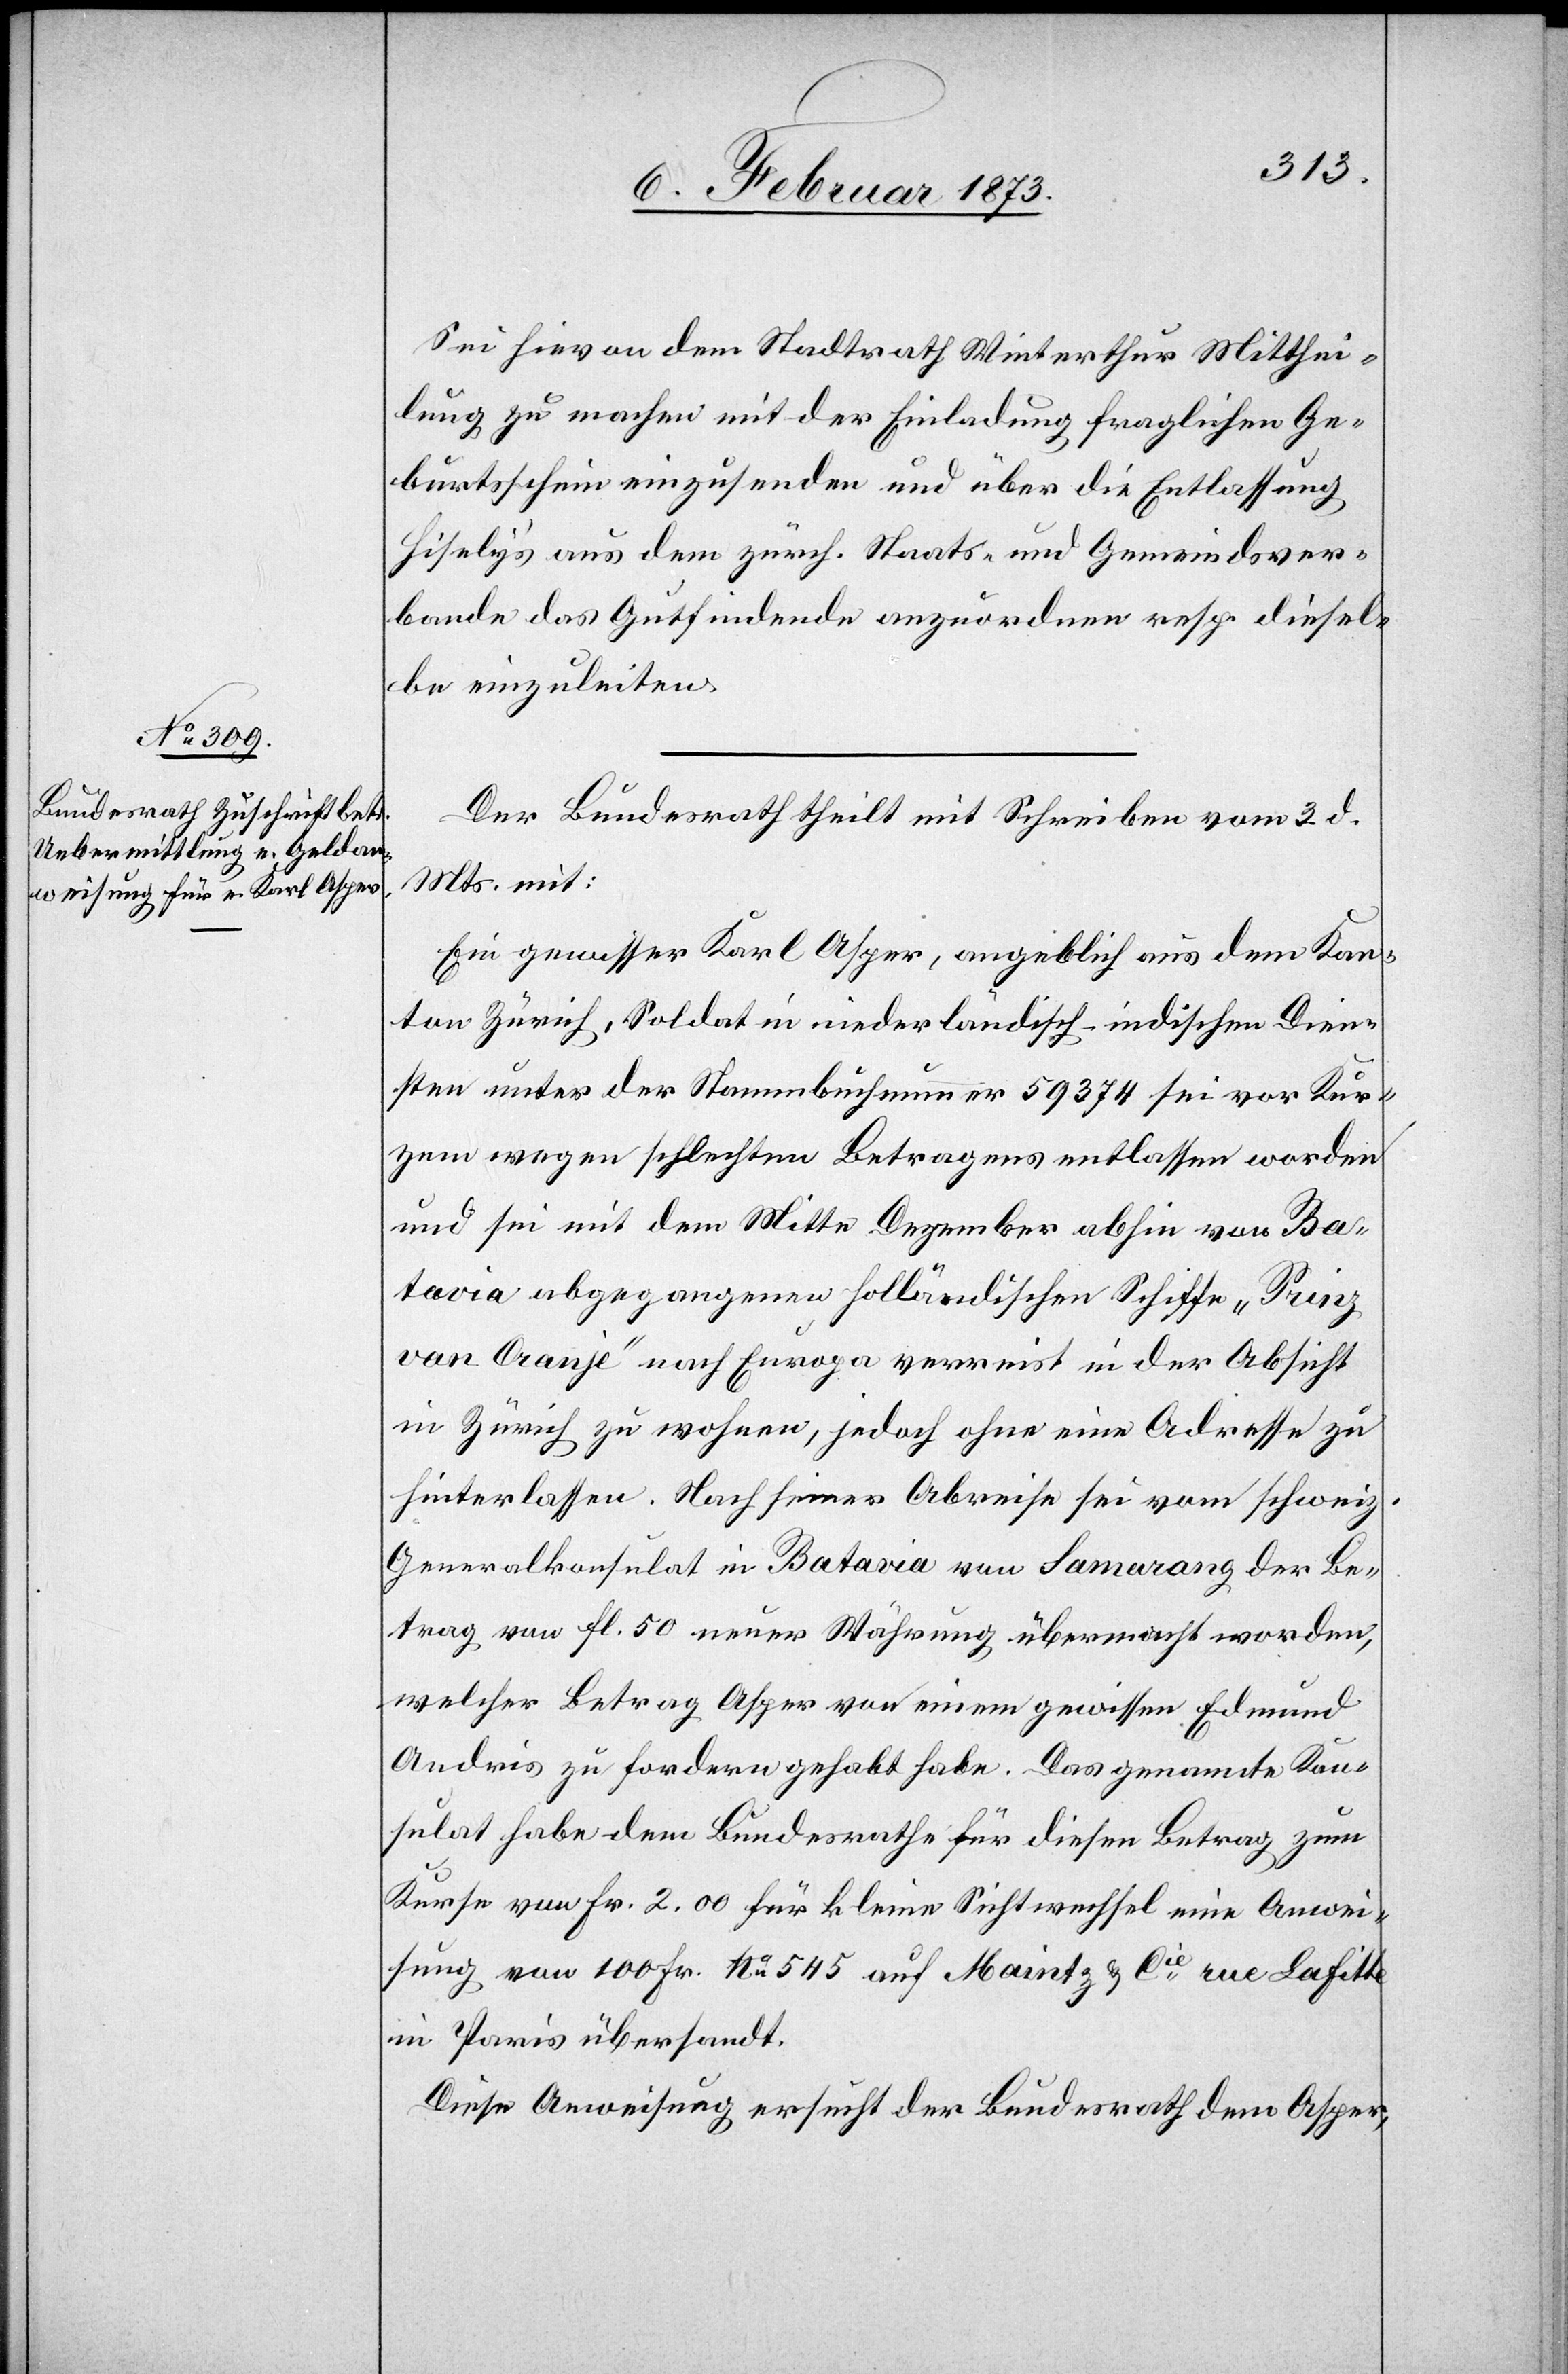
6. Februar 1873.]
Sei hievon dem Stadtrath Winterthur Mitthei¬
lung zu machen mit der Einladung fraglichen Ge¬
burtsschein einzusenden und über die Entlassung
Hisely’s aus dem zürch. Staats- und Gemeindsver¬
bande das Gutfindende anzuordnen resp. diesel¬
be einzuleiten.
Der Bundesrath theilt mit Schreiben vom 3. d.
Mts. mit:
Ein gewisser Karl Asper, angeblich aus dem Kan¬
ton Zürich, Soldat in niederländisch-indischen Dien¬
sten unter der Stammbuchnummer 59374 sei vor Kur¬
zem wegen schlechten Betragens entlassen worden
und sei mit dem Mitte Dezember obhin von Ba¬
tavia abgegangenen Holländischen Schiffe „Prinz
van Oranje“ nach Europa verreist in der Absicht
in Zürich zu wohnen, jedoch ohne eine Adresse zu
hinterlassen. Nach seiner Abreise sei vom schweiz.
Generalkonsulat in Batavia von Lamarang der Be¬
trag von Fl. 50 neuer Währung übermacht worden,
welcher Betrag Asper von einem gewissen Edmund
Andris zu fordern gehabt habe. Das genannte Kon¬
sulat habe dem Bundesrathe für diesen Betrag zum
Kurse von Fr. 2.00 für kleine Sichtwechsel eine Anwei¬
sung von 100 Fr. No 545 auf Maintz u. Cie rue Laf[f]itte
in Paris übersandt.
Diese Anweisung ersucht der Bundesrath dem Asper,